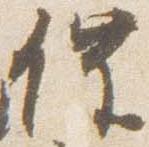
催